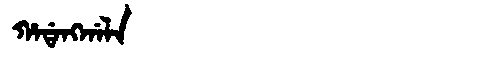
Manchu: ᡥᠠᡩᠠᠩᡤᠠᠯᠠ
Romanization: HADANGGALA